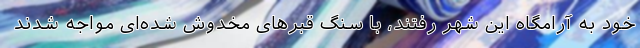
خود به آرامگاه این شهر رفتند، با سنگ قبرهای مخدوش شده‌ای مواجه شدند